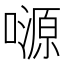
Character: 𡀶